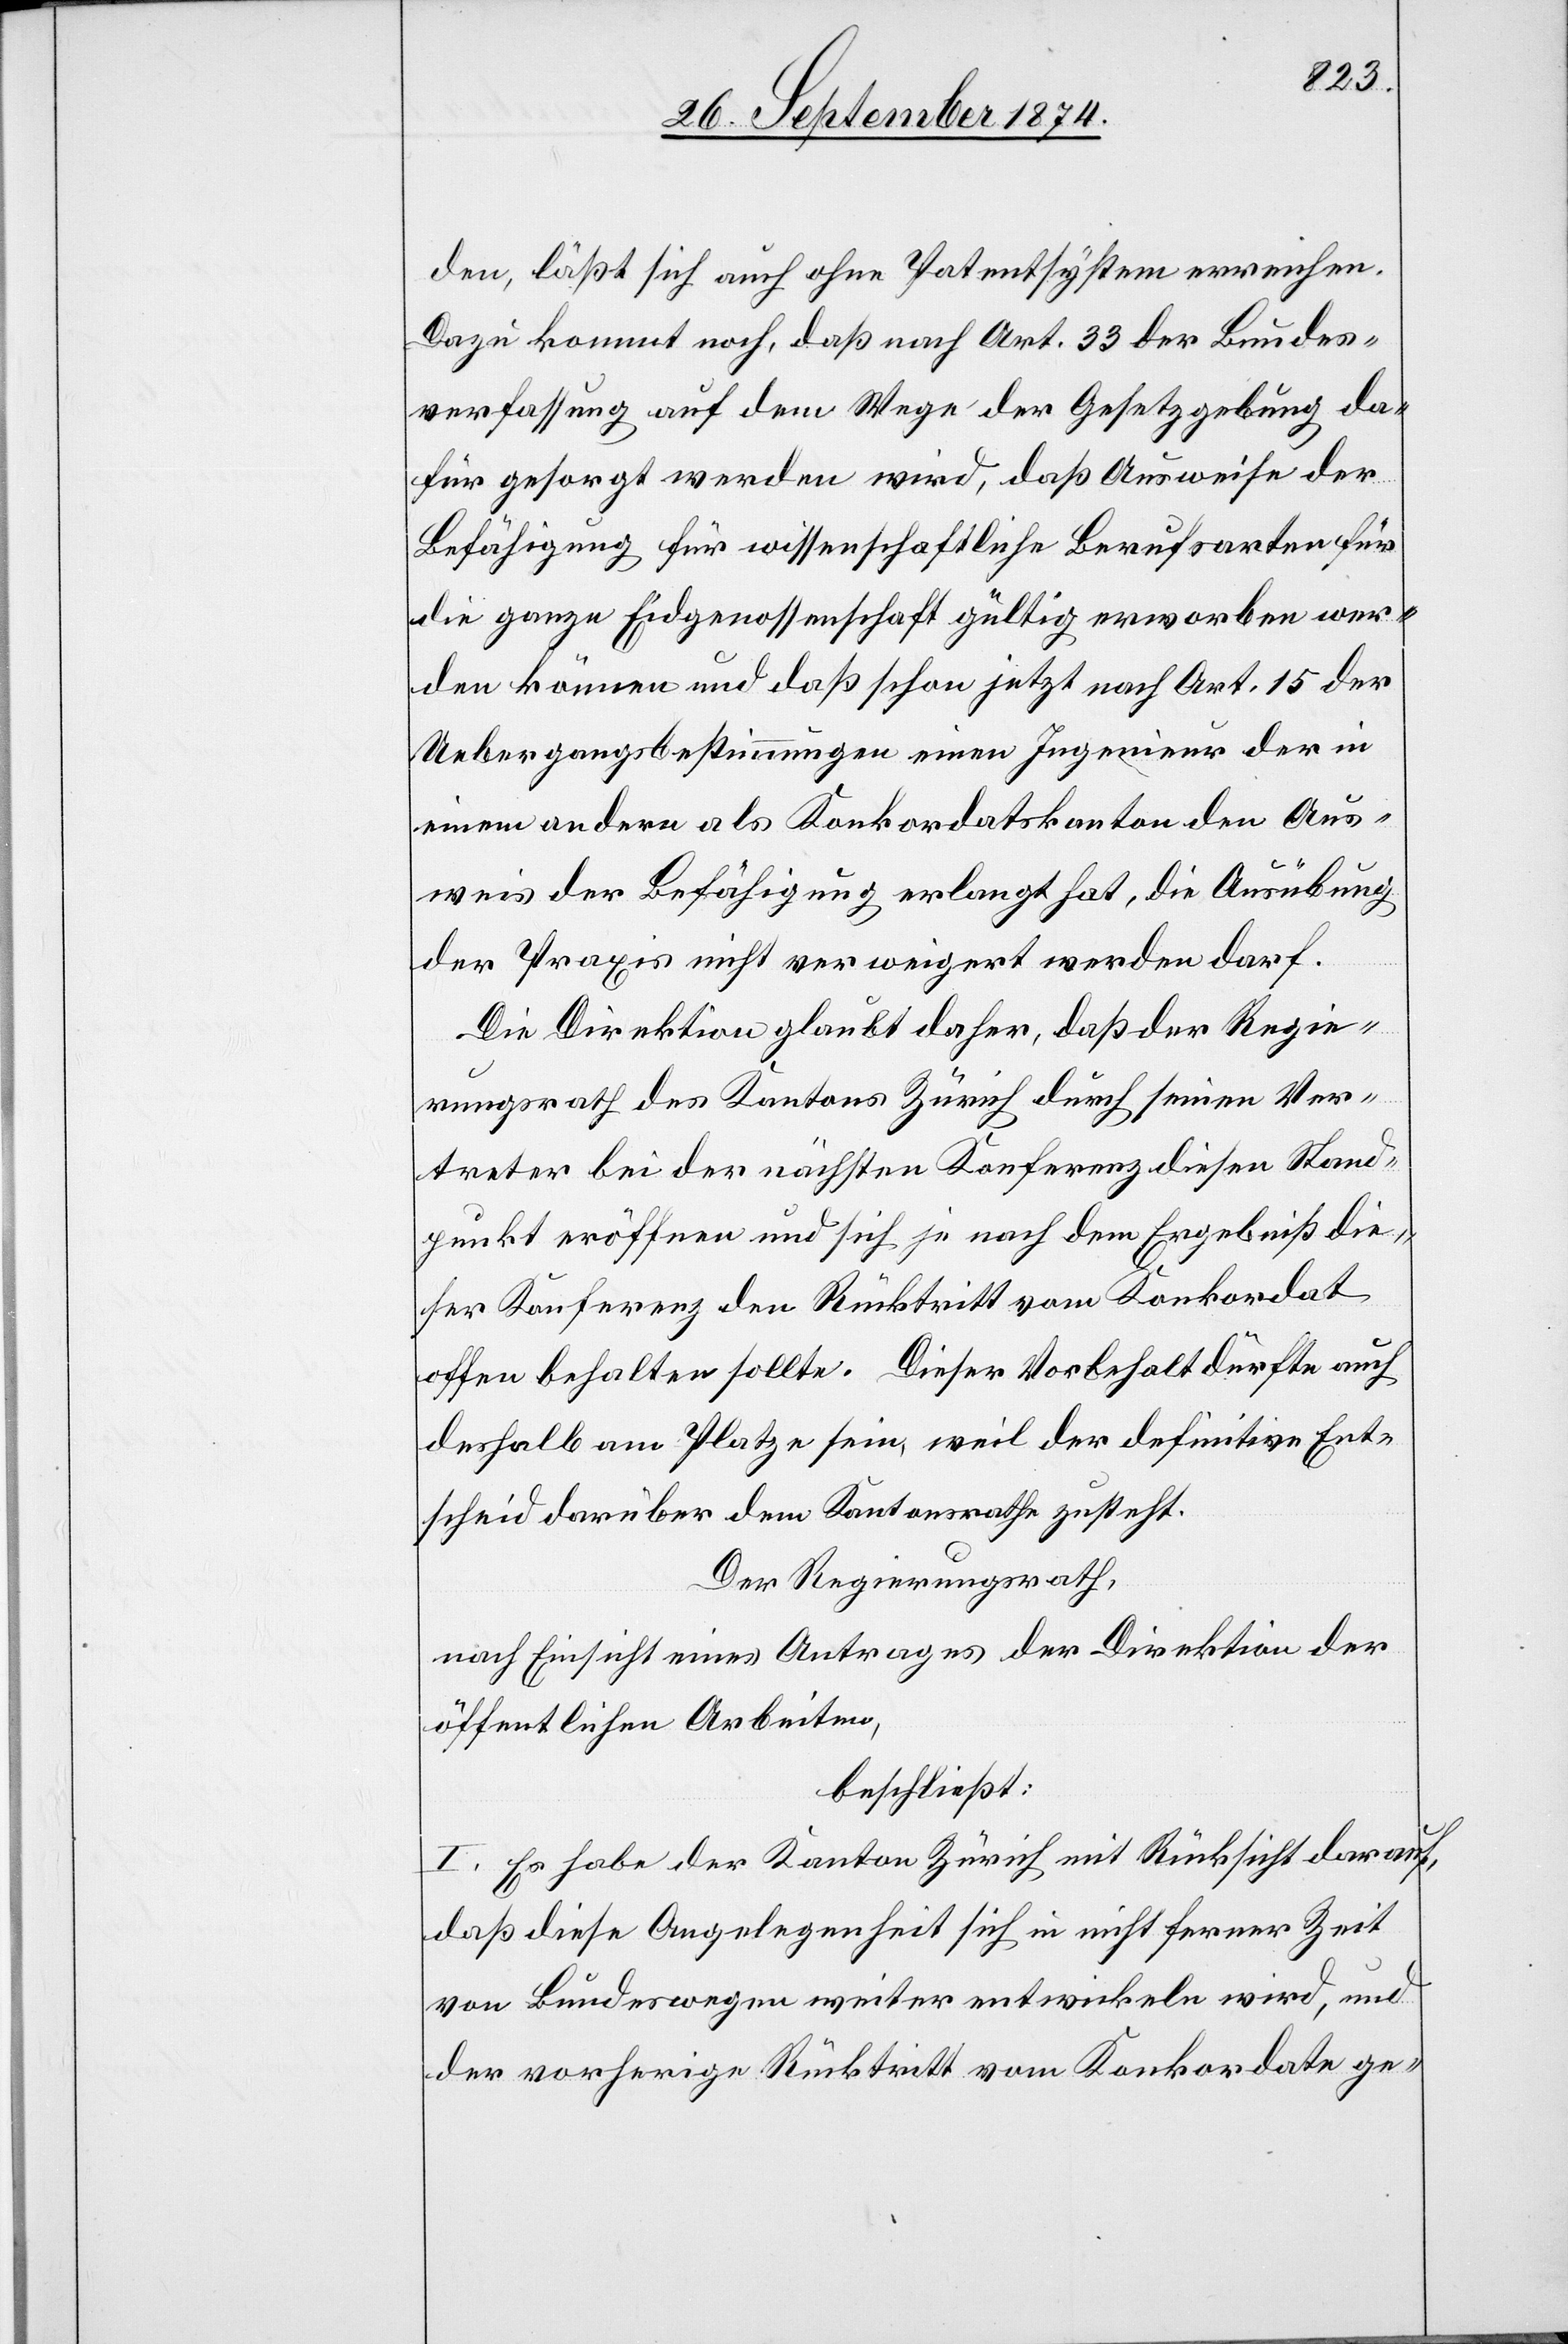
den, läßt sich auch ohne Patentsystem erreichen.
Dazu kommt noch, daß nach Art. 33 der Bundes¬
verfassung auf dem Wege der Gesetzgebung da¬
für gesorgt werden wird, daß Ausweise der
Befähigung für wissenschaftliche Berufsarten für
die ganze Eidgenossenschaft gültig erworben wer¬
den können und daß schon jetzt nach Art. 15 der
Uebergangsbestimmungen einen Ingenieur der in
einem andern als Konkordatskanton den Aus¬
weis der Befähigung erlangt hat, die Ausübung
der Praxis nicht verweigert werden darf.
Die Direktion glaubt daher, daß der Regie¬
rungsrath des Kantons Zürich durch seinen Ver¬
treter bei der nächsten Konferenz diesen Stand¬
punkt eröffnen und sich je nach dem Ergebniß die¬
ser Konferenz den Rücktritt vom Konkordat
offen behalten sollte. Dieser Vorbehalt dürfte auch
deshalb am Platze sein, weil der definitive Ent¬
scheid darüber dem Kantonsrathe zusteht.
Der Regierungsrath,
nach Einsicht eines Antrages der Direktion der
öffentlichen Arbeiten,
beschließt:
I. Es habe der Kanton Zürich mit Rücksicht darauf,
daß diese Angelegenheit sich in nicht ferner Zeit
von Bundeswegen weiter entwickeln wird, und
der vorherige Rücktritt vom Konkordate ge-